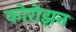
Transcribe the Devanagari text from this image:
कोरोझ़न